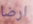
ارضا